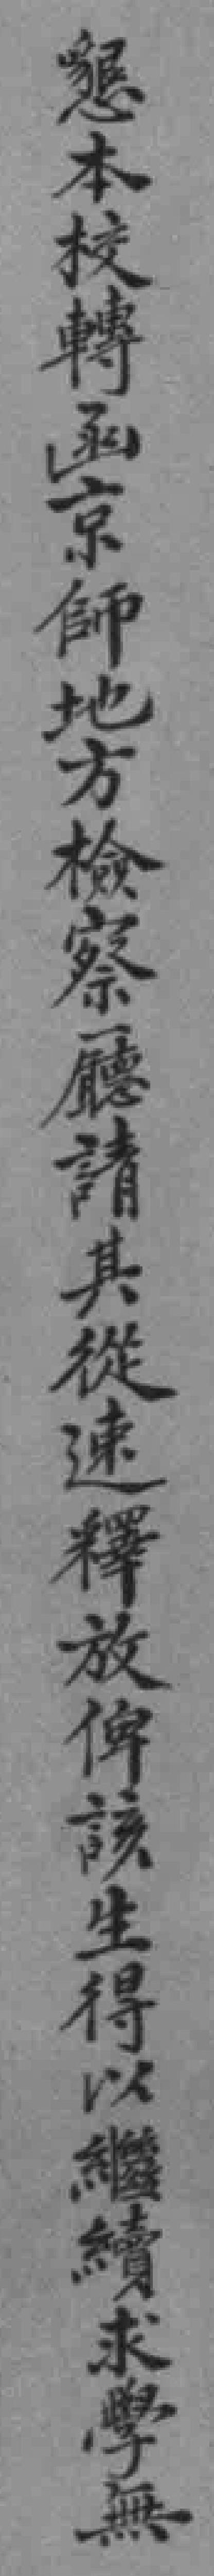
懇本校轉函京師地方檢察廳請其從速釋放俾該生得以繼續求學無